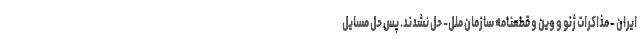
ایران - مذاکرات ژنو و وین و قطعنامه سازمان ملل- حل نشدند. پس حل مسایل